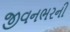
જીવનભરની